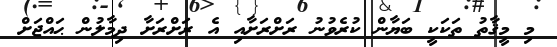
މި މީޤާތު ތަކަކީ ބަޔާން ކުރެވުނު ރަށްރަށާއި އެ ރަށްރަށާ ދިމާލުން ޙައްޖަށް